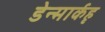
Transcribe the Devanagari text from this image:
डेन्मार्कहृ